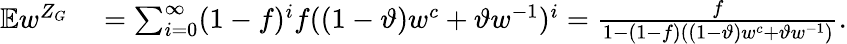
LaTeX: \begin{array}{rl}{\mathbb{E}w^{Z_{G}}}&{{}=\sum_{i=0}^{\infty}(1-f)^{i}f((1-\vartheta)w^{c}+\vartheta w^{-1})^{i}=\frac{f}{1-(1-f)((1-\vartheta)w^{c}+\vartheta w^{-1})}.}\end{array}